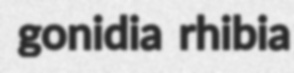
gonidia rhibia